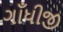
ગાઁધીજી